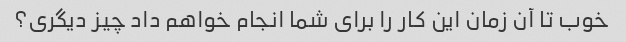
خوب تا آن زمان این کار را برای شما انجام خواهم داد چیز دیگری؟